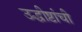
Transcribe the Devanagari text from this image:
उद्धीष्टांची